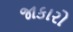
જાકારો